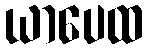
ယာပေထ